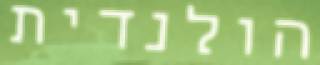
הולנדית